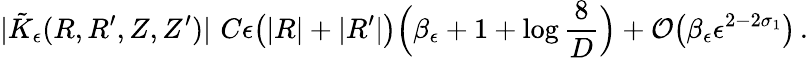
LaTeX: |\tilde{K}_{\epsilon}(R,R^{\prime},Z,Z^{\prime})|\, \le\, C\epsilon\bigl(|R|+|R^{\prime}|\bigr)\Bigl(\beta_{\epsilon}+1+\log\frac{8}{D}\Bigr)+\mathcal{O}\bigl(\beta_{\epsilon}\epsilon^{2-2\sigma_{1}}\bigr)\, .